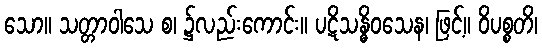
သော။ သတ္တာဝါသေ စ၊ ၌လည်းကောင်း။ ပဋိသန္ဓိဝသေန၊ ဖြင့်။ ဝိပစ္စတိ၊